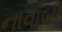
નાવાબી